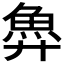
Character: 𫙐